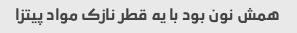
همش نون بود با یه قطر نازک مواد پیتزا